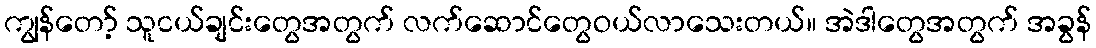
ကျွန်တော့် သူငယ်ချင်းတွေအတွက် လက်ဆောင်တွေဝယ်လာသေးတယ်။ အဲဒါတွေအတွက် အခွန်